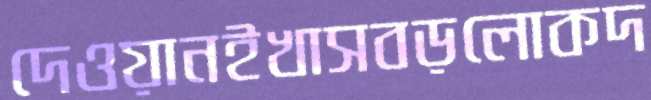
দেওয়ানইখাসবড়লোকদ